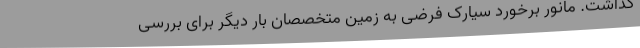
گذاشت. مانور برخورد سیارک فرضی به زمین متخصصان بار دیگر برای بررسی